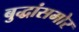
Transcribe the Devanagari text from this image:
बुद्धांसमोर